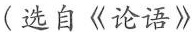
（选自《论语》）